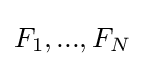
F_{1},...,F_{N}